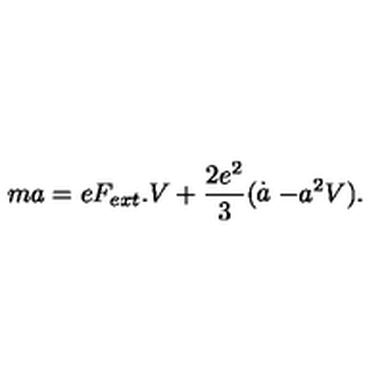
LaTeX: m a = e F _ { e x t } . V + \frac { 2 e ^ { 2 } } { 3 } ( \stackrel { . } { a } - a ^ { 2 } V ) .